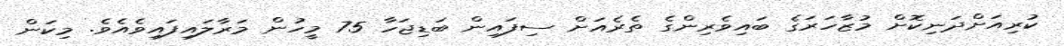
ކުރިއަށްދަނިކޮށް މުޒާހަރަގެ ބައިވެރިންގެ ތެރެއަށް ސިފައިން ބަޑިޖަހާ 75 މީހުން މަރާލައިފައިވެއެވެ. މިކަން